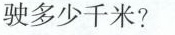
驶多少千米?